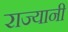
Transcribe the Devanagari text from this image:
राज्यानी